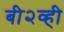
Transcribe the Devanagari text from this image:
बी२व्ही